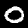
Label: 0